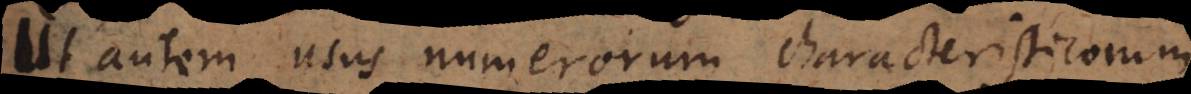
Ut autem usus numerorum characteristicorum